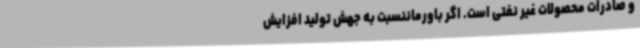
و صادرات محصولات غیر نفتی است. اگر باورماننسبت به جهش تولید افزایش